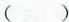
()